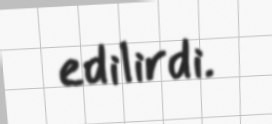
edilirdi.